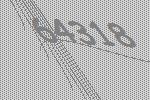
64318